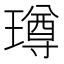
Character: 𭹼